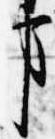
事